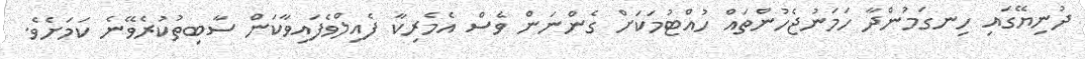
ދުނިޔޭގައި ހިނގަމުންދާ ހަމަނުޖެހުންތައް ހުއްޓުމަކަށް ގެންނަން ވެސް އެމެރިކާ ފެއިލްވެފައިވާކަން ސާބިތުކުރެވޭނެ ކަމަށެވެ.